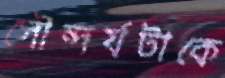
সৌন্দর্যটাকে